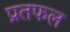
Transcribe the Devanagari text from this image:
प्रतफल